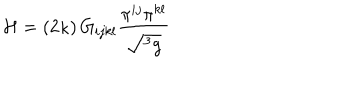
{ \cal H } = \left( 2 \kappa \right) G _ { i j k l } \frac { \pi ^ { i j } \pi ^ { k l } } { \sqrt { ^ 3 g } }